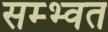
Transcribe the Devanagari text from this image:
सम्भ्वत